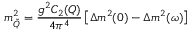
m _ { \tilde { Q } } ^ { 2 } = \frac { g ^ { 2 } C _ { 2 } ( Q ) } { 4 \pi ^ { 4 } } \left[ \Delta m ^ { 2 } ( 0 ) - \Delta m ^ { 2 } ( \omega ) \right]